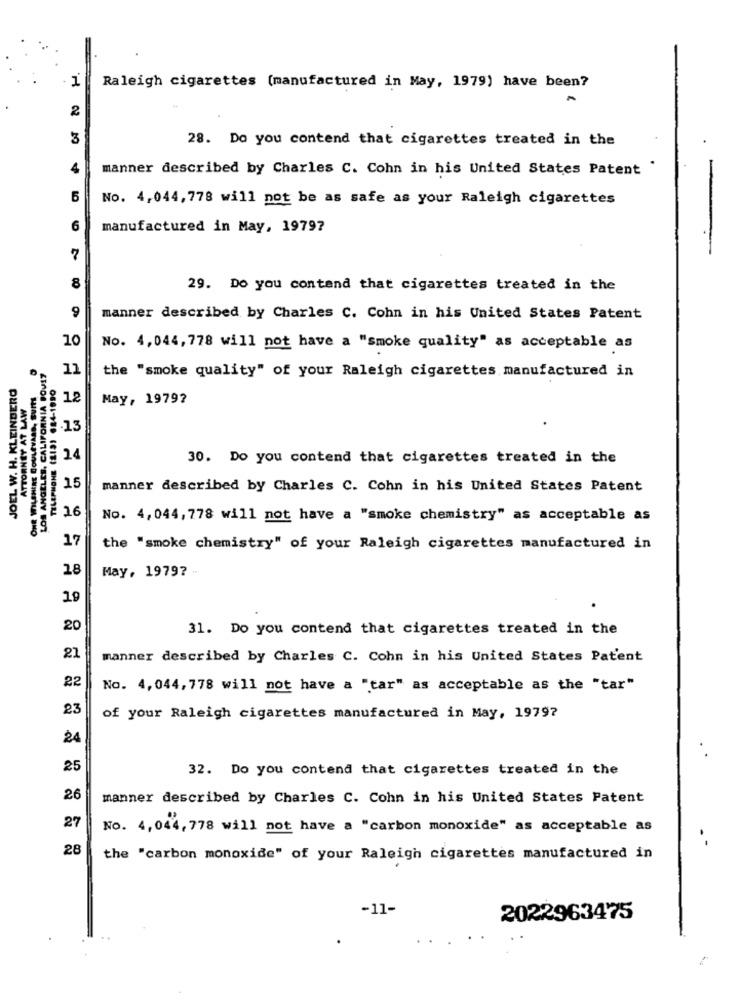
1
Raleigh cigarettes (manufactured in May, 1979) have been?
2
3
28. Do you contend that cigarettes treated in the
manner described by Charles C. Cohn in his United States Patent '
LO
No. 4,044, 778 will not be as safe as your Raleigh cigarettes
6
manufactured in May, 19797
7
8
29. Do you contend that cigarettes treated in the
9
manner described by Charles C. Cohn in his United States Patent
10
No. 4,044, 778 will not have a "smoke quality" as acceptable as
11
JOEL W. H. KLEINDERO
ANGELES, CALIFORNIA BOU
the "smoke quality" of your Raleigh cigarettes manufactured in
NEY AT LAW
1.2
May, 1979?
.13
24
30. Do you contend that cigarettes treated in the
15
manner described by Charles C. Cohn in his United States Patent
16
No. 4,044, 778 will not have a "smoke chemistry" as acceptable as
17
the "smoke chemistry" of your Raleigh cigarettes manufactured in
28
May, 19797
19
20
31. Do you contend that cigarettes treated in the
21
manner described by Charles C. Cohn in his United States Patent
22
No. 4,044, 778 will not have a "tar" as acceptable as the "tar"
23
of your Raleigh cigarettes manufactured in May, 19797
24
25
32. Do you contend that cigarettes treated in the
26
manner described by Charles C. Cohn in his United States Patent
27
No. 4,044, 778 will not have a "carbon monoxide" as acceptable as
28
the "carbon monoxide" of your Raleigh cigarettes manufactured in
-11-
2022963475